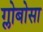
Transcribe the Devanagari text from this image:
ग्लोबोसा